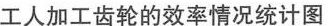
工人加工齿轮的效率情况统计图